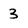
Character: 3